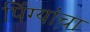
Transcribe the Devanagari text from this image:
पिंग्यांचा